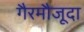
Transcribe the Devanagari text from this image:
गैरमौजूदा